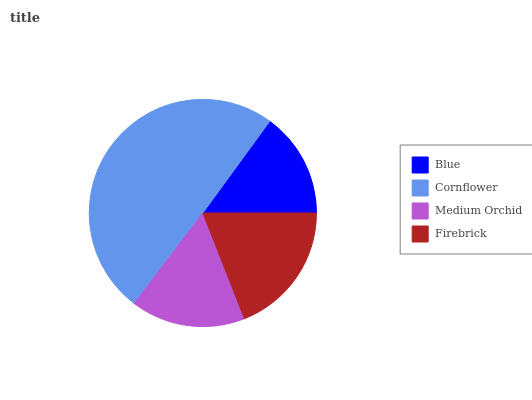
| Blue | Cornflower | Medium Orchid | Firebrick |
 | --- | --- | --- | --- |
 | 15% | 49.7% | 16.2% | 19.1% |